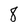
Character: 8